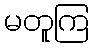
မတူကြ